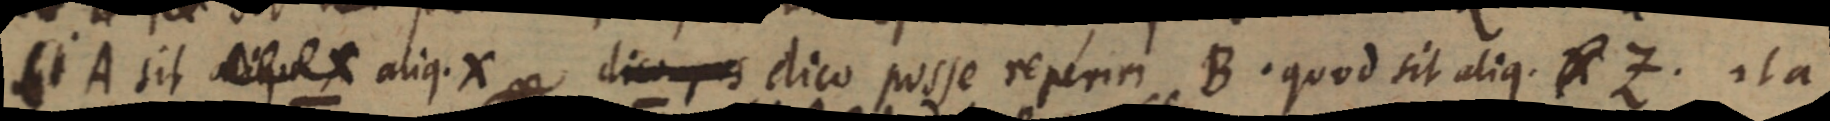
Si A sit aliqu X aliq. X dico _ dico posse reperiri B. quod sit aliq. X Z. ita